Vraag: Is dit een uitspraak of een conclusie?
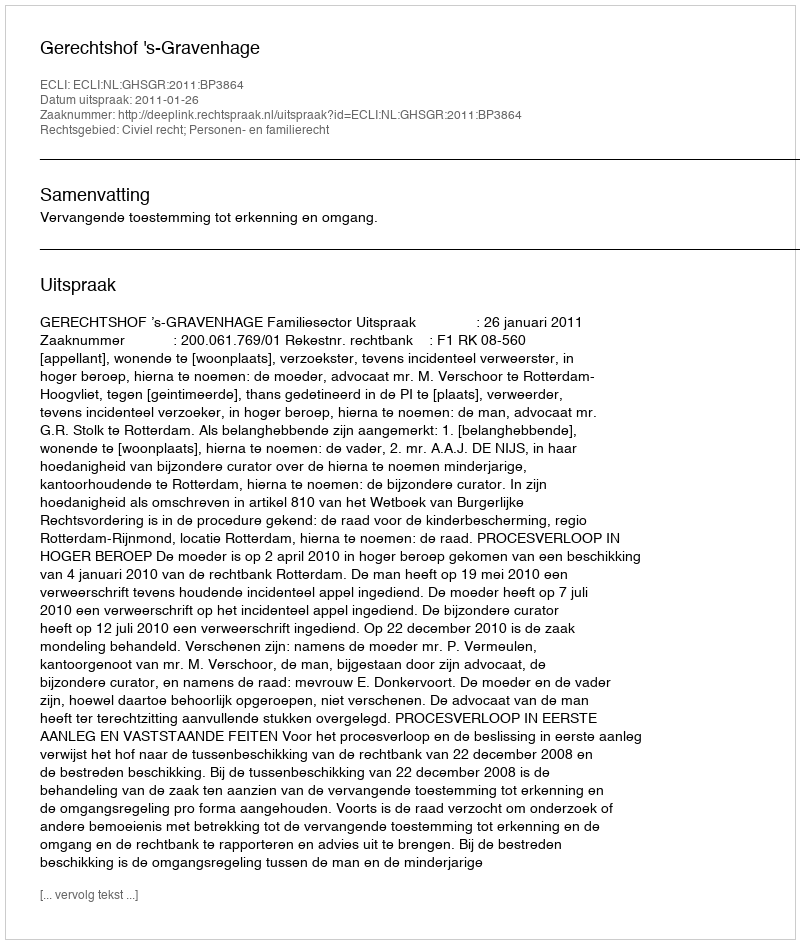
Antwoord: Uitspraak